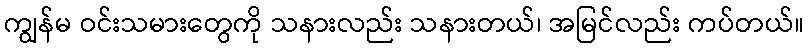
ကျွန်မ ဝင်းသမားတွေကို သနားလည်း သနားတယ်၊ အမြင်လည်း ကပ်တယ်။